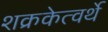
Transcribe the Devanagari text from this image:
शक्रकेत्वर्थे